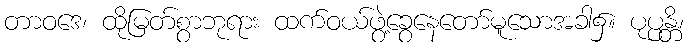
တာဝဒေ၊ ထိုမြတ်စွာဘုရား ထက်ဝယ်ဖွဲ့ခွေနေတော်မူသောအခါ၌။ ပုပ္ပန္တိ၊